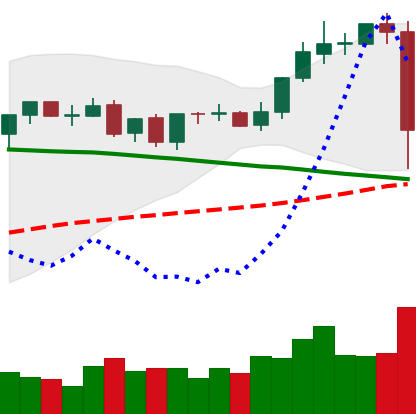
Ticker: TRX-USD
Chart end date: 2021-09-07
Forward return: 32.123%
Label: up_7plus